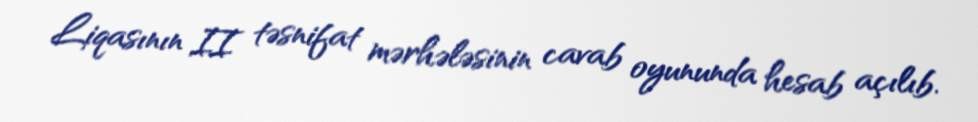
Liqasının II təsnifat mərhələsinin cavab oyununda hesab açılıb.